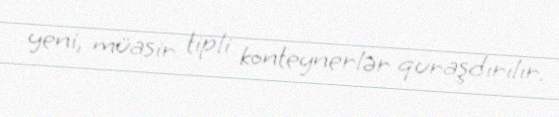
yeni, müasir tipli konteynerlər quraşdırılır.